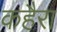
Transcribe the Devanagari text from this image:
कहैरा